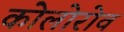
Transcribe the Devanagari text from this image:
कोलोरोव